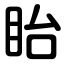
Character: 眙